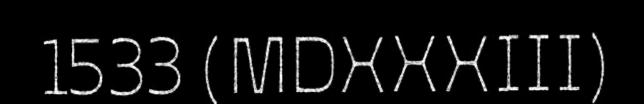
1533 (MDXXXIII)